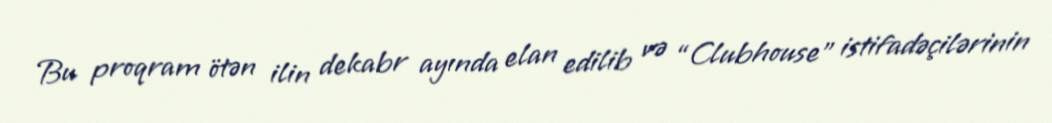
Bu proqram ötən ilin dekabr ayında elan edilib və “Clubhouse” istifadəçilərinin